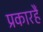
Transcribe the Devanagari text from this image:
प्रकारहैं